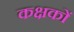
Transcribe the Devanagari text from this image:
कक्षकों